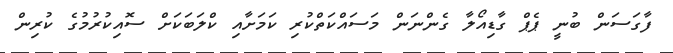
ފާގަސަން ބުނީ ޕެޕް ގާޑިއޯލާ ގެންނަން މަސައްކަތްކުރި ކަމަށާއި ކްލަބަކަށް ސޮއިކުރުމުގެ ކުރިން